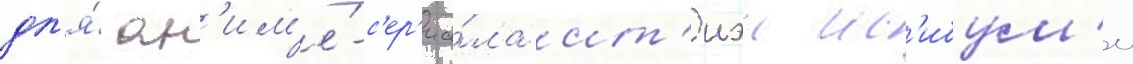
дл'я́ ан'им'е́-с'ер'иа́ла ит'иэи ис'ибум'и